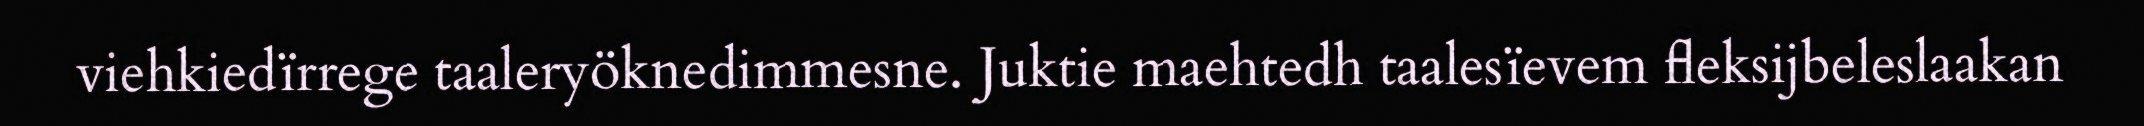
viehkiedïrrege taaleryöknedimmesne. Juktie maehtedh taalesïevem fleksijbeleslaakan